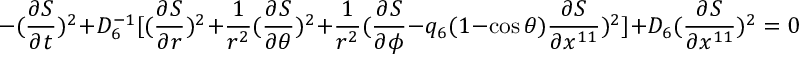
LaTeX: - ( { \frac { \partial S } { \partial t } } ) ^ { 2 } + D _ { 6 } ^ { - 1 } [ ( { \frac { \partial S } { \partial r } } ) ^ { 2 } + { \frac { 1 } { r ^ { 2 } } } ( { \frac { \partial S } { \partial \theta } } ) ^ { 2 } + { \frac { 1 } { r ^ { 2 } } } ( { \frac { \partial S } { \partial \phi } } - q _ { 6 } ( 1 - \cos \theta ) { \frac { \partial S } { \partial x ^ { 1 1 } } } ) ^ { 2 } ] + D _ { 6 } ( { \frac { \partial S } { \partial x ^ { 1 1 } } } ) ^ { 2 } = 0